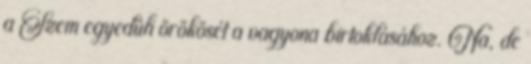
a Szem egyedüli örökösét a vagyona birtoklásához. Na, de